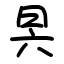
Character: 昗